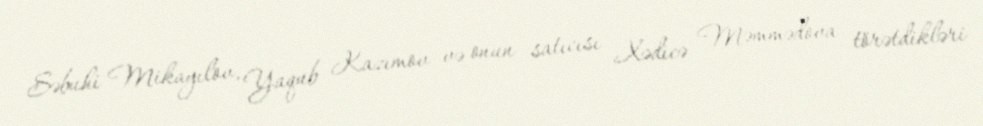
Səbuhi Mikayılov, Yaqub Kazımov və onun satıcısı Xədicə Məmmədova törətdikləri